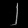
Digit: ၂